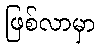
ဖြစ်လာမှာ